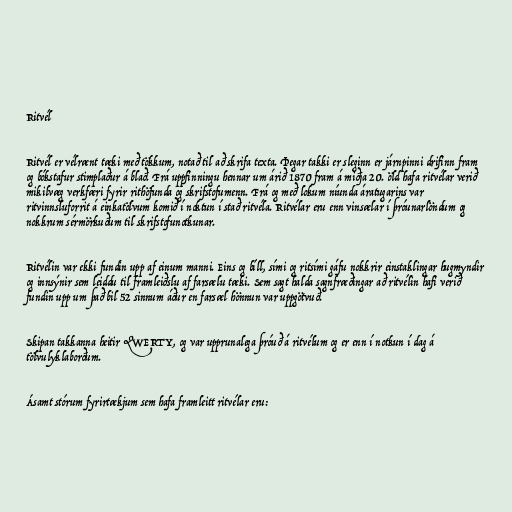
Ritvél

Ritvél er vélrænt tæki með tökkum, notað til að skrifa texta. Þegar takki er sleginn er járnpinni drifinn fram
og bókstafur stimplaður á blað. Frá uppfinningu hennar um árið 1870 fram á miðja 20. öld hafa ritvélar verið
mikilvæg verkfæri fyrir rithöfunda og skrifstofumenn. Frá og með lokum níunda áratugarins var
ritvinnsluforrit á einkatölvum komið í noktun í stað ritvéla. Ritvélar eru enn vinsælar í þróunarlöndum og
nokkrum sérmörkuðum til skrifstofunotkunar.

Ritvélin var ekki fundin upp af einum manni. Eins og bíll, sími og ritsími gáfu nokkrir einstaklingar hugmyndir
og innsýnir sem leiddu til framleiðslu af farsælu tæki. Sem sagt halda sagnfræðingar að ritvélin hafi verið
fundin upp um það bil 52 sinnum áður en farsæl hönnun var uppgötvuð.

Skipan takkanna heitir QWERTY, og var upprunalega þróuð á ritvélum og er enn í notkun í dag á
tölvulyklaborðum.

Ásamt stórum fyrirtækjum sem hafa framleitt ritvélar eru: